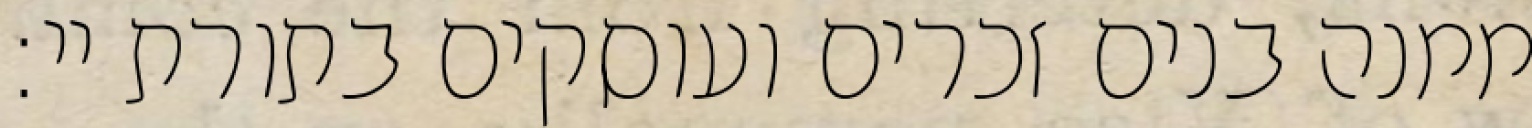
ממנה בנים זכרים ועוסקים בתורת יי: